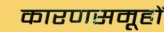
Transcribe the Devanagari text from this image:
कारणसमूहों